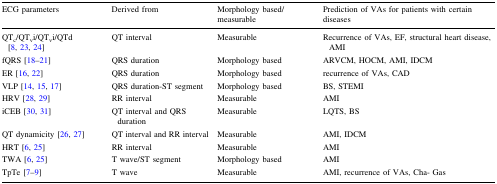
<table><thead><tr><td><b>ECG parameters</b></td><td><b>Derived from</b></td><td><b>Morphology based/measurable</b></td><td><b>Prediction of VAs for patients with certain diseases</b></td></tr></thead><tbody><tr><td>QT<sub>c</sub>/QT<sub>v</sub>i/QT<sub>v</sub>i/QTd [8, 23, 24]</td><td>QT interval</td><td>Measurable</td><td>Recurrence of VAs, EF, structural heart disease, AMI</td></tr><tr><td>fQRS [18–21]</td><td>QRS duration</td><td>Morphology based</td><td>ARVCM, HOCM, AMI, IDCM</td></tr><tr><td>ER [16, 22]</td><td>QRS duration</td><td>Morphology based</td><td>recurrence of VAs, CAD</td></tr><tr><td>VLP [14, 15, 17]</td><td>QRS duration-ST segment</td><td>Morphology based</td><td>BS, STEMI</td></tr><tr><td>HRV [28, 29]</td><td>RR interval</td><td>Measurable</td><td>AMI</td></tr><tr><td>iCEB [30, 31]</td><td>QT interval and QRS duration</td><td>Measurable</td><td>LQTS, BS</td></tr><tr><td>QT dynamicity [26, 27]</td><td>QT interval and RR interval</td><td>Measurable</td><td>AMI, IDCM</td></tr><tr><td>HRT [6, 25]</td><td>RR interval</td><td>Measurable</td><td>AMI</td></tr><tr><td>TWA [6, 25]</td><td>T wave/ST segment</td><td>Morphology based</td><td>AMI</td></tr><tr><td>TpTe [7–9]</td><td>T wave</td><td>Measurable</td><td>AMI, recurrence of VAs, Cha- Gas</td></tr></tbody></table>